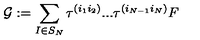
{ \cal { G } } : = \sum _ { I \in S _ { N } } \tau ^ { ( i _ { 1 } i _ { 2 } ) } . . . \tau ^ { ( i _ { N - 1 } i _ { N } ) } F